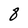
Character: 3